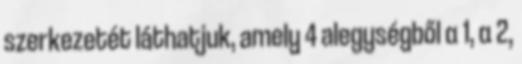
szerkezetét láthatjuk, amely 4 alegységből α 1, α 2,